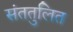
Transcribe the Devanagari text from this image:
संततुलित